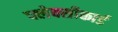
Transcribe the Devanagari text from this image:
फ्लेक्सीकार्ड